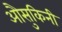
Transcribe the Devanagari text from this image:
औसुकिनी